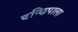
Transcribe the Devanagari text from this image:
वन्छिपाला